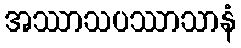
အဿာသပဿာသာနံ